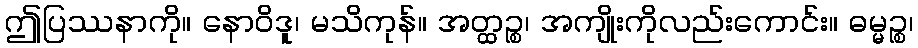
ဤပြဿနာကို။ နောဝိဒူ၊ မသိကုန်။ အတ္ထဉ္စ၊ အကျိုးကိုလည်းကောင်း။ ဓမ္မဉ္စ၊